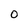
Character: O